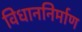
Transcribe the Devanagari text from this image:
विधाननिर्माण